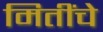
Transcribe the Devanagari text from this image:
मितींचे